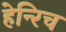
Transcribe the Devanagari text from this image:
हेन्‍रिच